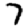
Digit: 7